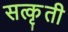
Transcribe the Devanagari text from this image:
सत्कृती